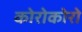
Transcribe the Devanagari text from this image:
कोरोकोरो